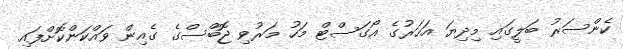
ކެންސަރު ބަލީގައި މިދިޔަ އަހަރުގެ އޯގަސްޓް މަހު މަރުވި ޖޮބްސްގެ ގެއިން ވައްކަންކޮށްފައި